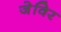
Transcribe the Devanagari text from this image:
जेविर